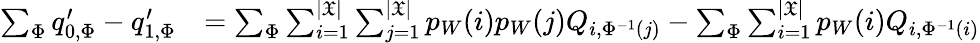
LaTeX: \begin{array}{rl}{\sum_{\Phi}q_{0,\Phi}^{\prime}-q_{1,\Phi}^{\prime}}&{=\sum_{\Phi}\sum_{i=1}^{|\mathfrak{X}|}\sum_{j=1}^{|\mathfrak{X}|}p_{W}(i)p_{W}(j)Q_{i,\Phi^{-1}(j)}-\sum_{\Phi}\sum_{i=1}^{|\mathfrak{X}|}p_{W}(i)Q_{i,\Phi^{-1}(i)}}\end{array}